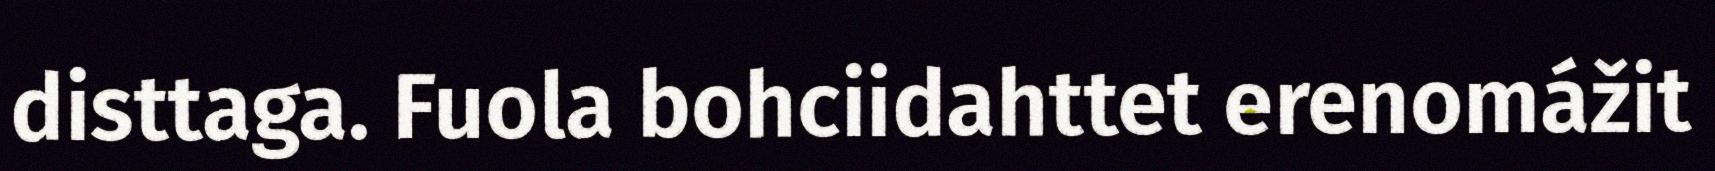
disttaga. Fuola bohciidahttet erenomážit